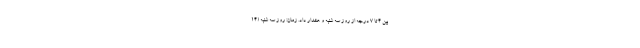
بین ۴ تا ۷ درجه از روز سه شنبه و هشدار داد. زمان: روز سه شنبه (۱۴